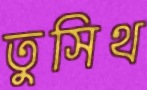
তুসিথ